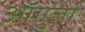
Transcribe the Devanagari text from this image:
ऑगुर्जा